Annual administration report of the Civil Veterinary Department of India - 1896-1897
Year: 1896
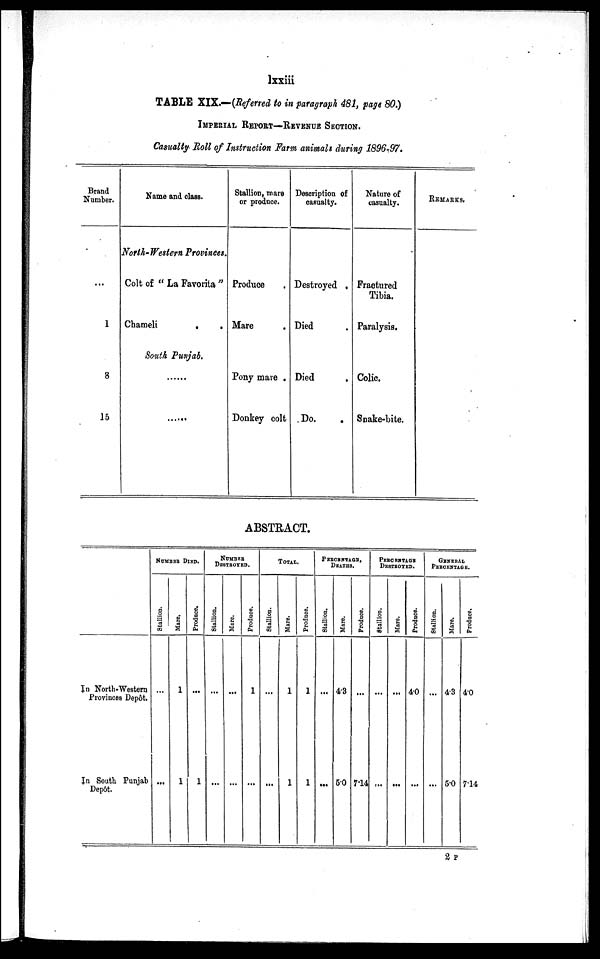
lxxiii
TABLE XIX.—(Referred to in paragraph 481, page 80.)
IMPERIAL REPORT—REVENUE SECTION.
Casually Moll of Instruction Farm animals during 1896-97.
Brand
Number.
1
8
15
Name and class.
North-Western Provinces.
Colt of "La Favorita"
Chameli
.
.
South Punjab.
. . . . . .
Stallion, mare
or produce.
Produce .
Mare .
Pony mare .
Donkey colt
Description of
casualty.
Destroyed .
Died .
Died .
Do. .
Nature of
casualty.
Fractured
Tibia.
Paralysis.
Colic.
Snake-bite.
REMARKS.
ABSTRACT.
In North-Western
Provinces Depôt.
In South Punjab
Depôt.
NUMBER DIED.
Stallion.
...
...
Mare.
1
1
Produce.
...
1
NUMBER
DESTROYED.
Stallion.
...
...
Mare.
...
...
Produce.
1
...
TOTAL.
Stallion.
...
...
Mare.
1
1
Produce.
1
1
PERCENTAGE,
DEATHS.
Stallion.
...
...
Mare.
4.3
5.0
Produce.
...
7.14
PERCENTAGE DESTROYED.
Stallion.
...
...
Mare.
...
...
Produce.
4.0
...
GENERAL PERCENTAGE.
Stallion.
...
...
Mare.
43
5.0
Produce.
4.0
7.14
2 P